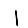
Digit: 1